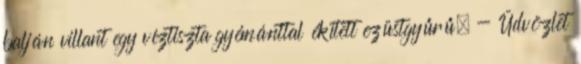
balján villant egy víztiszta gyémánttal ékített ezüstgyűrű. - Üdvözlet